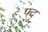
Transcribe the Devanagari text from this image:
फ्द्